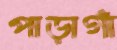
পাড়াগাঁ